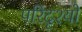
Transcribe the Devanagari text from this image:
परिदृश्‍यों